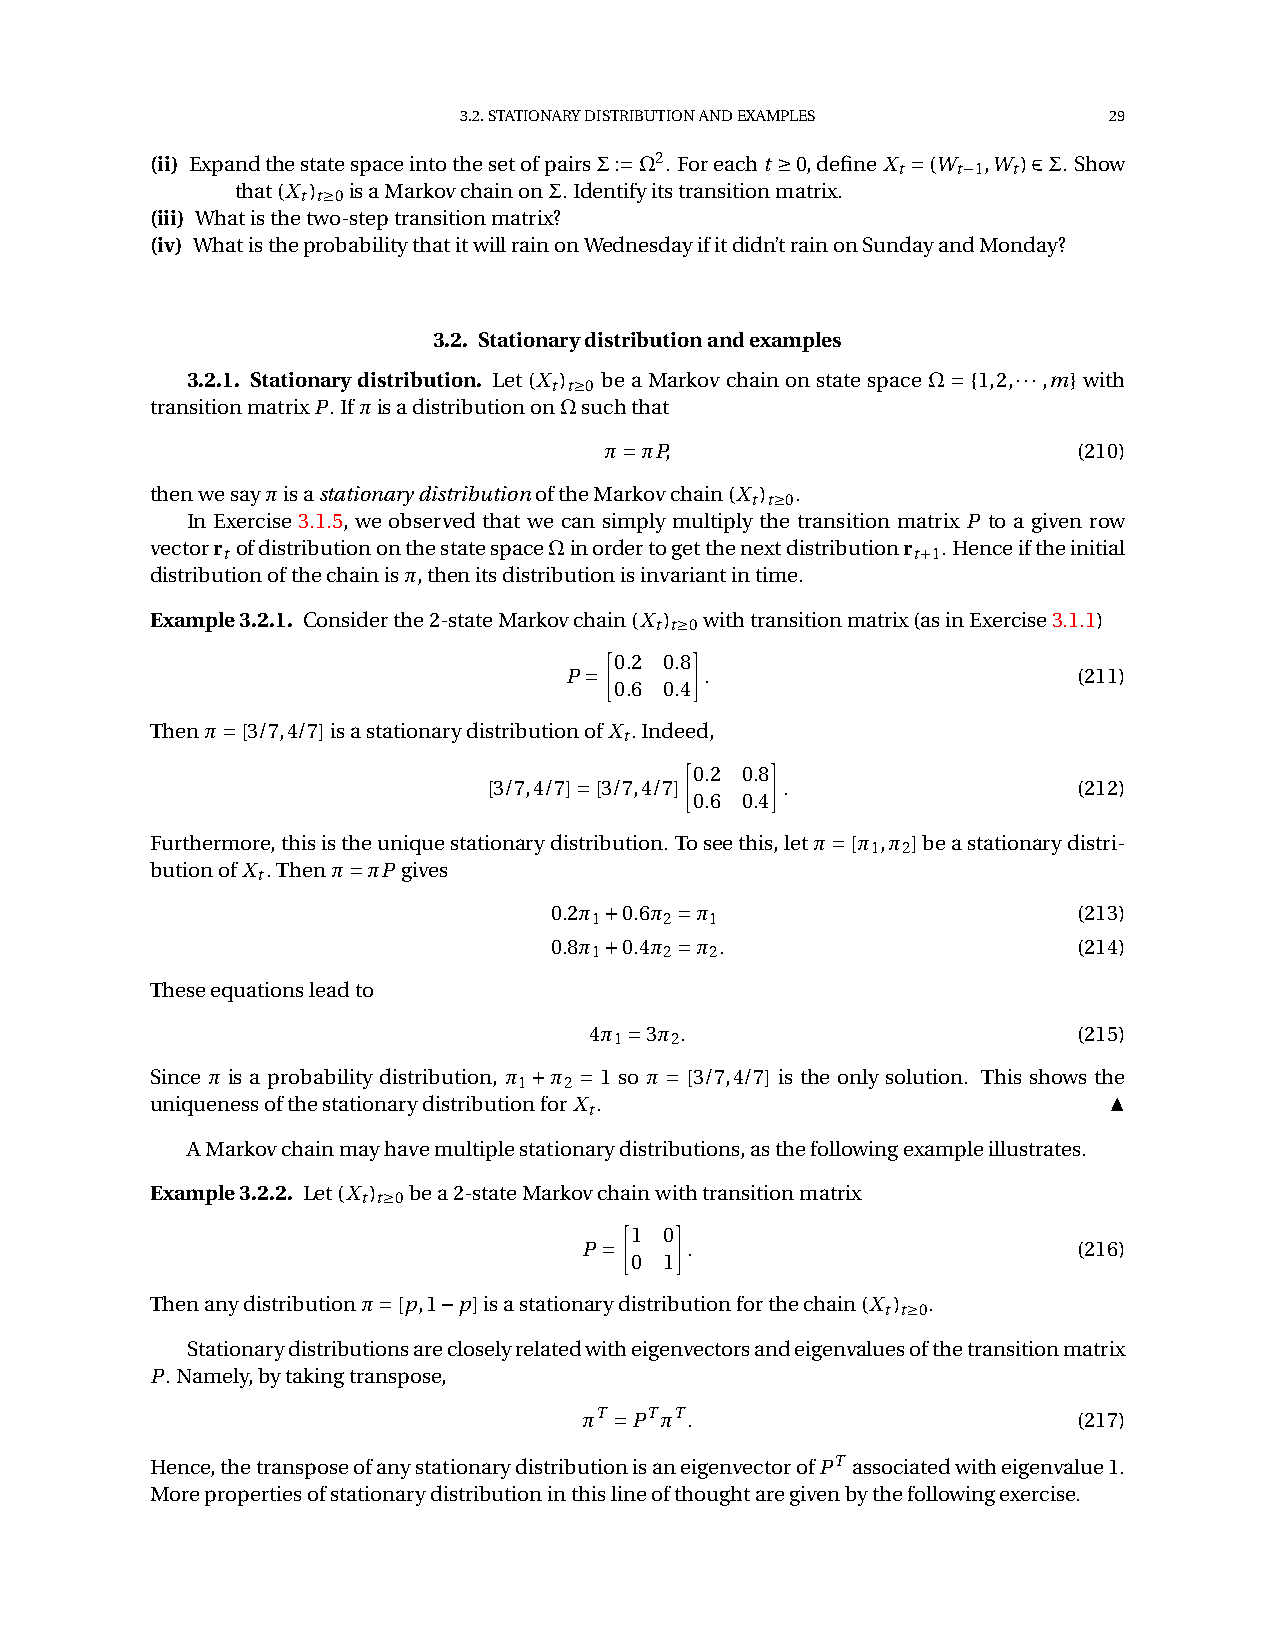
3.2.STATIONARYDISTRIBUTIONANDEXAMPLES      29
 (ii) ExpandthestatespaceintothesetofpairsΣ:˘Ω2. Foreacht ‚0,defineX
 t
 ˘(W t¡1,W t)2Σ. Show
 that(X t) t‚0isaMarkovchainonΣ.Identifyitstransitionmatrix.
 (iii) Whatisthetwo-steptransitionmatrix?
 (iv) WhatistheprobabilitythatitwillrainonWednesdayifitdidn’trainonSundayandMonday?
 3.2. Stationarydistributionandexamples
 3.2.1. Stationarydistribution. Let (X t) t‚0 be a Markov chain on state space Ω˘{1,2,¢¢¢,m} with
 transitionmatrixP.IfπisadistributiononΩsuchthat
 π˘πP,                          (210)
 thenwesayπisastationarydistributionoftheMarkovchain(X t) t‚0.
 In Exercise 3.1.5, we observed that we can simply multiply the transition matrix P to a given row
 vectorr
 t
 ofdistributiononthestatespaceΩinordertogetthenextdistributionr t¯1.Henceiftheinitial
 distributionofthechainisπ,thenitsdistributionisinvariantintime.
 Example3.2.1. Considerthe2-stateMarkovchain(X t) t‚0withtransitionmatrix(asinExercise3.1.1)
 •     ‚
 0.2 0.8
 P˘        .                       (211)
 0.6 0.4
 Thenπ˘[3/7,4/7]isastationarydistributionofX .Indeed,
 t
 •     ‚
 0.2 0.8
 [3/7,4/7]˘[3/7,4/7] .                  (212)
 0.6 0.4
 Furthermore,thisistheuniquestationarydistribution. Toseethis,letπ˘[π ,π ]beastationarydistri-
 1 2
 butionofX .Thenπ˘πP gives
 t
 0.2π ¯0.6π ˘π                      (213)
 1    2  1
 0.8π ¯0.4π ˘π .                    (214)
 1    2  2
 Theseequationsleadto
 4π ˘3π .                        (215)
 1  2
 Since π is a probability distribution, π ¯π ˘1 so π˘[3/7,4/7] is the only solution. This shows the
 1  2
 ▲
 uniquenessofthestationarydistributionforX .
 t
 AMarkovchainmayhavemultiplestationarydistributions,asthefollowingexampleillustrates.
 Example3.2.2. Let(X t) t‚0bea2-stateMarkovchainwithtransitionmatrix
 •   ‚
 1 0
 P˘     .                        (216)
 0 1
 Thenanydistributionπ˘[p,1¡p]isastationarydistributionforthechain(X t) t‚0.
 Stationarydistributionsarecloselyrelatedwitheigenvectorsandeigenvaluesofthetransitionmatrix
 P.Namely,bytakingtranspose,
 πT ˘PTπT.                       (217)
 Hence,thetransposeofanystationarydistributionisaneigenvectorofPT associatedwitheigenvalue1.
 Morepropertiesofstationarydistributioninthislineofthoughtaregivenbythefollowingexercise.